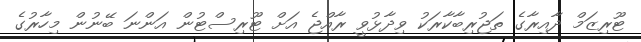
ޓޫރިޒަމް ދާއިރާގެ ތަޖުރިބާކާރަކު ވިދާޅުވީ ރާއްޖެ އަށް ޓޫރިސްޓުން އަންނަ ބޭނުން މިހާރުގެ